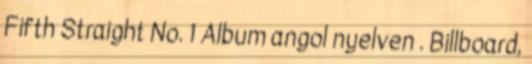
Fifth Straight No. 1 Album angol nyelven . Billboard,